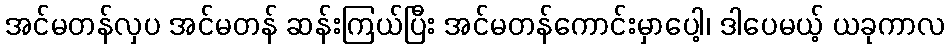
အင်မတန်လှပ အင်မတန် ဆန်းကြယ်ပြီး အင်မတန်ကောင်းမှာပေါ့၊ ဒါပေမယ့် ယခုကာလ